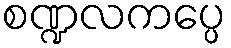
စဏ္ဍလကပ္ပေ